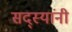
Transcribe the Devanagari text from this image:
सद्स्यांनी